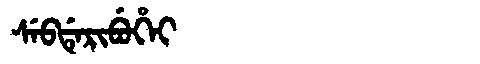
Manchu: ᠰᡝᠪᡩᡝᡵᡳᠪᡠᡥᡝᡳ
Romanization: SEBDERIBUHEI